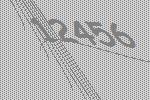
12456